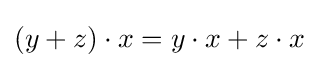
(y+z)\cdot x=y\cdot x+z\cdot x